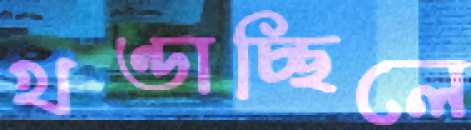
খণ্ডাচ্ছিলে